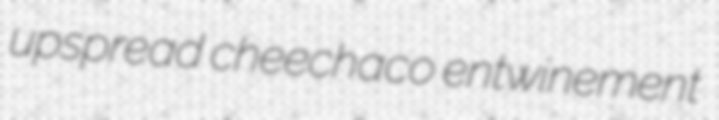
upspread cheechaco entwinement